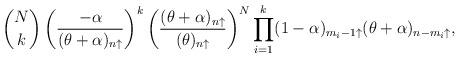
LaTeX: \begin{align*} \binom{N}{k} \left(\frac{-\alpha}{(\theta+\alpha)_{n\uparrow}}\right) ^{k} \left( \frac{(\theta+\alpha)_{n\uparrow} }{(\theta)_{n\uparrow} } \right) ^{N} \prod_{i=1}^{k} (1-\alpha)_{m_{i}-1\uparrow} (\theta+\alpha)_{n-m_{i}\uparrow},\end{align*}